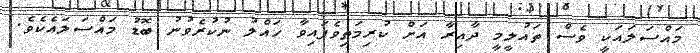
މައްސަލައަކީ ވެސް ތައުލީމީ ދާއިރާ އަށް ކުރިމަތިވެފައިވާ ހައްލު ނުކުރެވުނު ބޮޑު މައްސަލައެކެވެ.